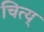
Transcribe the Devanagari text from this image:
चित्य्